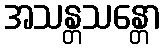
အသန္တသန္တော